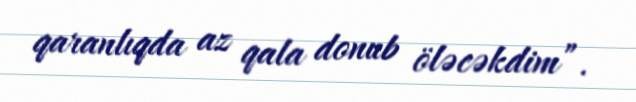
qaranlıqda az qala donub öləcəkdim”.